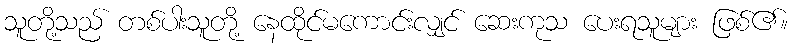
သူတို့သည် တစ်ပါးသူတို့ နေထိုင်မကောင်းလျှင် ဆေးကုသ ပေးရသူများ ဖြစ်၏။